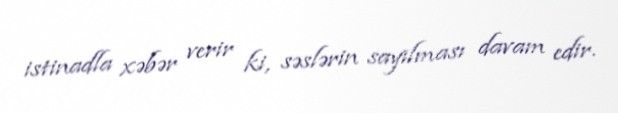
istinadla xəbər verir ki, səslərin sayılması davam edir.